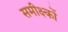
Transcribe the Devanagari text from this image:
समीक्ष्कों